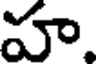
హ.